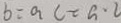
b = a c = a \cdot c